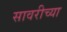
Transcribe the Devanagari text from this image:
सावरीच्या